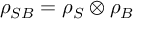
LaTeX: \rho _ { S B } = \rho _ { S } \otimes \rho _ { B }